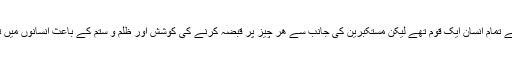
آیات قرآن کریم کی روشنی میں انبیاء مبعوث ھونے سے پھلے تمام انسان ایک قوم تھے لیکن مستکبرین کی جانب سے ھر چیز پر قبضہ کرنے کی کوشش اور ظلم و ستم کے باعث انسانوں میں تفرقہ اور اختلاف پیدا ھو گیا اور وہ کئی قوموں میں بٹ گئے۔